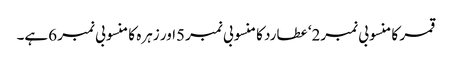
قمر کا منسوبی نمبر2‘ عطارد کا منسوبی نمبر5اور زہرہ کا منسوبی نمبر 6ہے۔